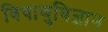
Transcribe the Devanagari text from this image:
विषाणुविज्ञान